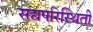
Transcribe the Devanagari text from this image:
सद्यपरिस्थिती